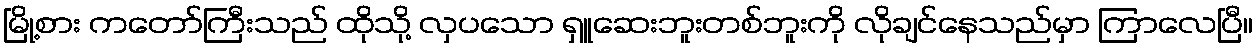
မြို့စား ကတော်ကြီးသည် ထိုသို့ လှပသော ရှူဆေးဘူးတစ်ဘူးကို လိုချင်နေသည်မှာ ကြာလေပြီ။